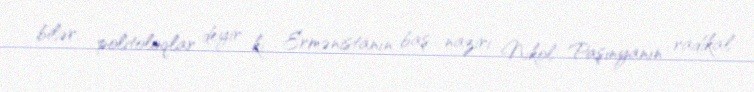
bilər; politoloqlar deyir ki... Ermənistanın baş naziri Nikol Paşinyanın radikal